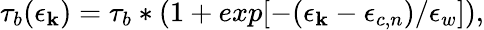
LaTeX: \tau_{b}(\epsilon_{\mathbf{k}})=\tau_{b}*(1+exp[-(\epsilon_{\mathbf{k}}-\epsilon_{c,n})/\epsilon_{w}]),